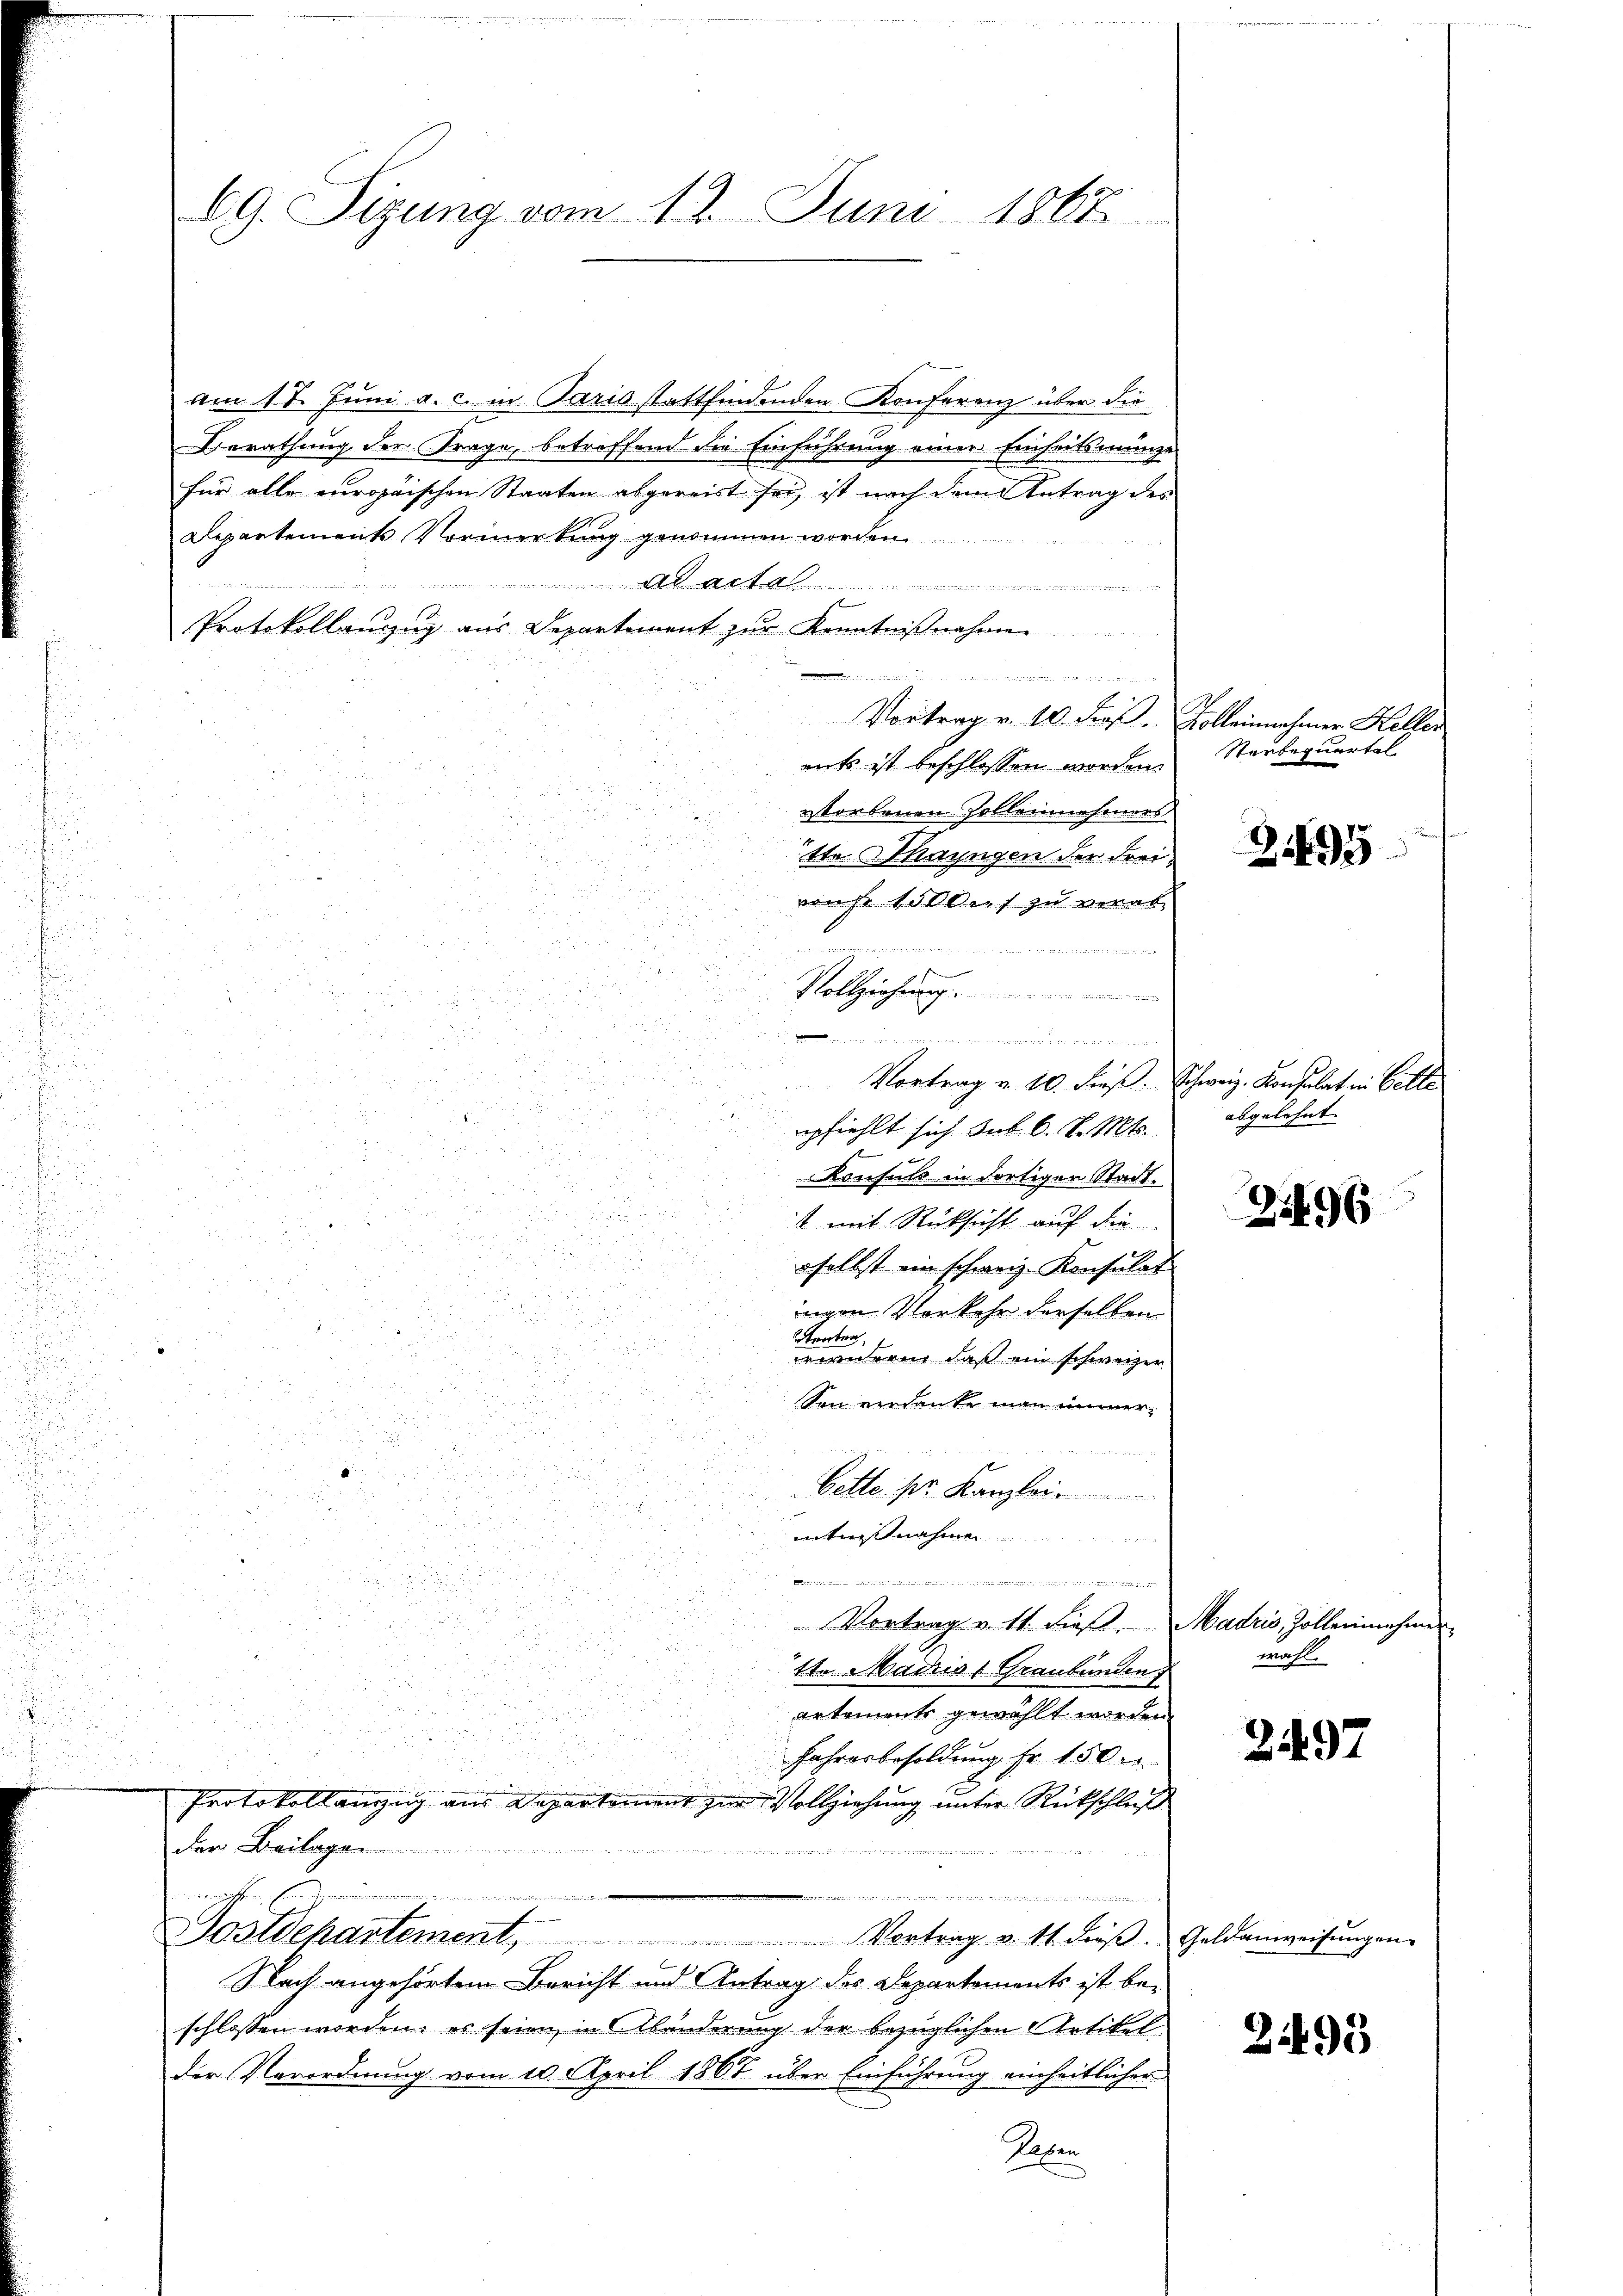
am 11. Juni a. c. in Paris stattfindenden Konferenz über die
Berathung der Trage, betreffend die Einführung einer Einseitsmenge
für alle europaischen Staaten abgereist sei, ist nach dem Antrag des
Departements Vormerkung genommen worden

t
f
Protokollauszug aus Departement zŭr Kenntni
de
Vortrag v. 10. Fros
aits ist beschlossen worden.
vorbenen Zelleineseners

s
itte Mayngen der Freid

u
e

a

2
mpfiehlt sich sub 6. d. Mts.
5
 780
Konsuls in dortigen Stadt.

 mit Rücksicht auf die

5

oselbst ein schweiz. Konsulat
d
.

u

ingen Verkehr derselben
u
tenten
 37

i
wirnern, daß ein schweizer
¬

Son verdanke man immer¬

2

g

a

Cette pr. Kanzlei

u
ntnisnahmen

2

i

ud
m

a
g
5

Vortrag u. tt. Fis
un

.
5
tte Madriss Graubünden

artement gewählt worden.
a
Jahresbesoldung fr. 150.

a
u
Protokollanzug aus Departement zur Vollziehung unter Rückschlaf
dem Beilagen
über eine

eenge

e
Postdepartement, Vortrag v. 11. dieβ.
Nach angehörtem Bericht und Antrag des Departements ist beschlossen worden, es seien in Abänderung der bezüglichen Artikelder Verordnung vom 10. April 1862 über Einführung einheitlicher
Reten

60. Sizung vom 12. Juni 1867

u
u

i
x
n

rons 100 dies zu verab¬

f
Vollziehung.

Vortrag v. 10. Freß.

Tolleinnahmer Keller
Starbequartal

24495

Schweiz. Konsulat in Belle
abgelehnt. |

2596

wahl.

Vadris, Zollennehmer

2497

Geldanweisungen

2495